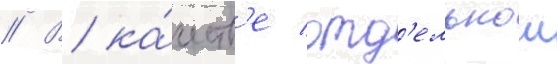
// В ка́честв'е отд'ельнои